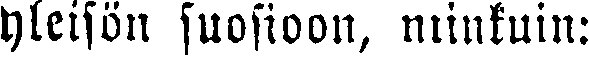
yleisön suosioon, niinkuin: